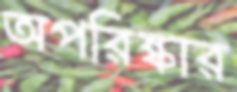
অপরিষ্কার